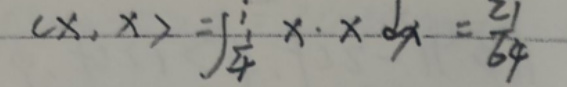
\[
\langle x, x\rangle=\int_{\frac{1}{4}}^{1}x\cdot x\mathrm{d}x = \frac{21}{64}
\]